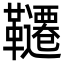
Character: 韆